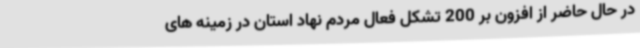
در حال حاضر از افزون بر 200 تشکل فعال مردم نهاد استان در زمینه های